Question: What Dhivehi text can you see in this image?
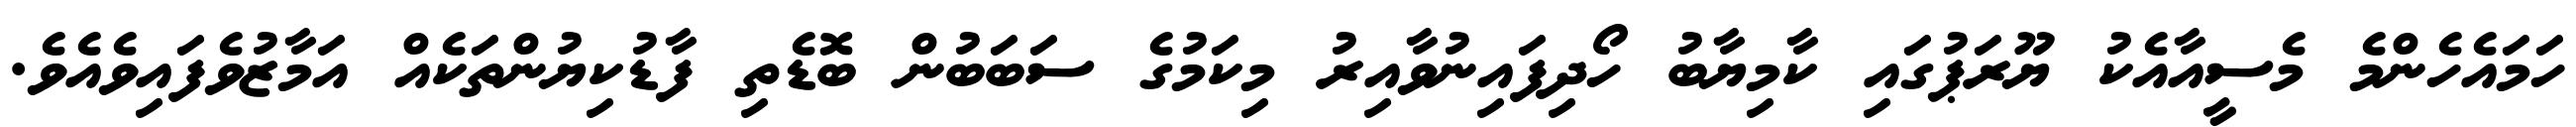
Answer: ހަމައެހެންމެ މެސީއާއެކު ޔޫރަޕުގައި ކާމިޔާބު ހޯދިފައިނުވާއިރު މިކަމުގެ ސަބަބުން ބޮޑެތި ފާޑުކިޔުންތަކެއް އަމާޒުވެފައިވެއެވެ.